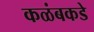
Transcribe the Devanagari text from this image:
कळंबकडे